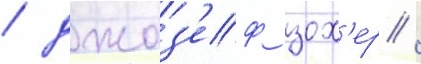
/ джоз'еф зох'ер /